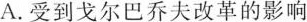
A.受到戈尔巴乔夫改革的影响